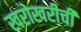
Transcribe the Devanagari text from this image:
खरोखरीची